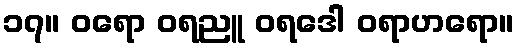
၁၇။ ဝရော ဝရညူ ဝရဒေါ ဝရာဟရော။